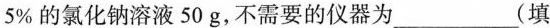
5%的氯化钠溶液50g，不需要的仪器为___（填